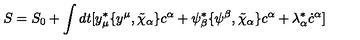
S = S _ { 0 } + \int d t [ y _ { \mu } ^ { * } \{ y ^ { \mu } , \tilde { \chi } _ { \alpha } \} c ^ { \alpha } + \psi _ { \beta } ^ { * } \{ \psi ^ { \beta } , \tilde { \chi } _ { \alpha } \} c ^ { \alpha } + \lambda _ { \alpha } ^ { * } \dot { c } ^ { \alpha } ]